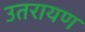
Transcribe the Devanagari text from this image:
उतरायण